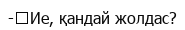
-	Ие, қандай жолдас?